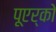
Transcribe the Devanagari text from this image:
पूएर्को